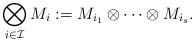
LaTeX: \begin{align*}\bigotimes_{i\in\mathcal{I}}M_i:=M_{i_1}\otimes\cdots\otimes M_{i_s}.\end{align*}